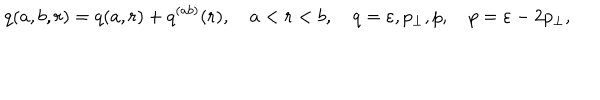
LaTeX: q ( a , b , r ) = q ( a , r ) + q ^ { ( a b ) } ( r ) , \quad a < r < b , \quad q = \varepsilon , p _ { \perp } , p , \quad p = \varepsilon - 2 p _ { \perp } ,